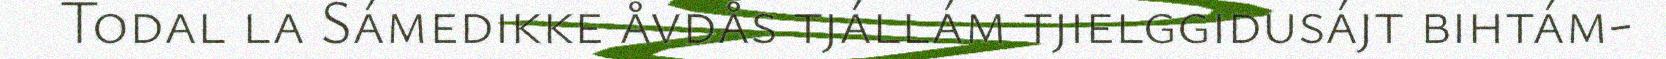
Todal la Sámedikke åvdås tjállám tjielggidusájt bihtám-